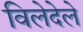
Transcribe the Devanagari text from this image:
विलेदेले